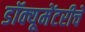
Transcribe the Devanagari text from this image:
डॉक्यूमेंटरीचे